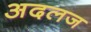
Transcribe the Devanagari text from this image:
अदलज